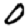
Digit: 0